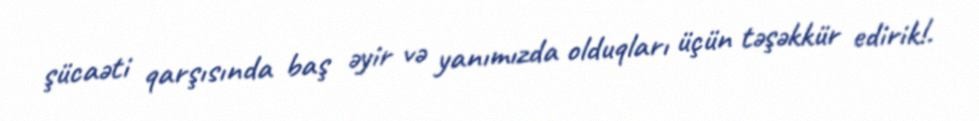
şücaəti qarşısında baş əyir və yanımızda olduqları üçün təşəkkür edirik!.